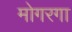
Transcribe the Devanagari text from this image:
मोगरगा